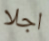
اجلا